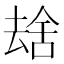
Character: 𫨮